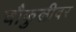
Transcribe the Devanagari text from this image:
चौफुलीवर